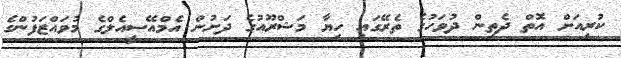
ކުރިއަށް އޮތް ދެތިން ދުވަހުގެ ތެރޭގައި ހިޔާ މަޝްރޫއުގެ ދަށުން އެމްއޭސީއެލްގެ މުވައްޒަފުންގެ